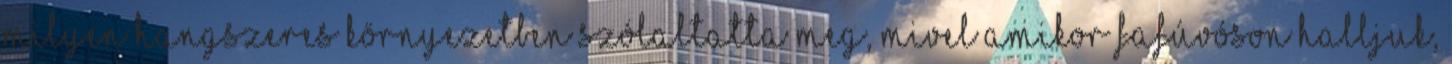
milyen hangszeres környezetben szólaltatta meg, mivel amikor fafúvóson halljuk,